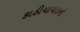
કાઠીયાવાડની